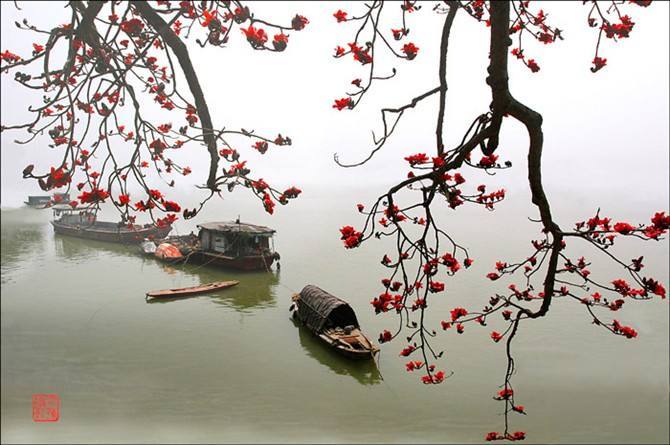
堤上游人逐画船，拍堤春水四垂天。